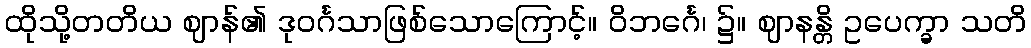
ထိုသို့တတိယ ဈာန်၏ ဒုဝင်္ဂသာဖြစ်သောကြောင့်။ ဝိဘင်္ဂေ၊ ၌။ ဈာနန္တိ ဥပေက္ခာ သတိ